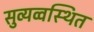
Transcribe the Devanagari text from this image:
सुव्यव्वस्थित